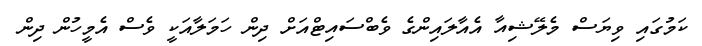
ކަމުގައި ވިޔަސް މެލޭޝިއާ އެއާލައިންގެ ވެބްސައިޓްއަށް ދިން ހަމަލާއަކީ ވެސް އެމީހުން ދިން